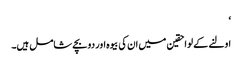
‘
اولنے کے لواحقین میں ان کی بیوہ اور دو بچے شامل ہیں۔